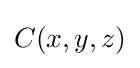
C(x,y,z)